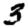
Digit: 3